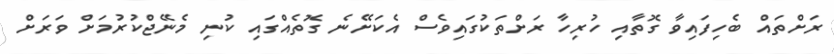
ރަށްތައް ބެހިފައިވާ ގޮތާއި ހުރިހާ ރަށްތަކުގައިވެސް އެކަށޭނެ ގޮތެއްގައި ކުނި މެނޭޖްކުރުމަށް ވަރަށް